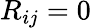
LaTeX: R_{ij}=0